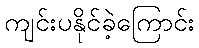
ကျင်းပနိုင်ခဲ့ကြောင်း